Indian journal of veterinary science and animal husbandry - Volumes 24-25, 1954-1955
Year: 1954
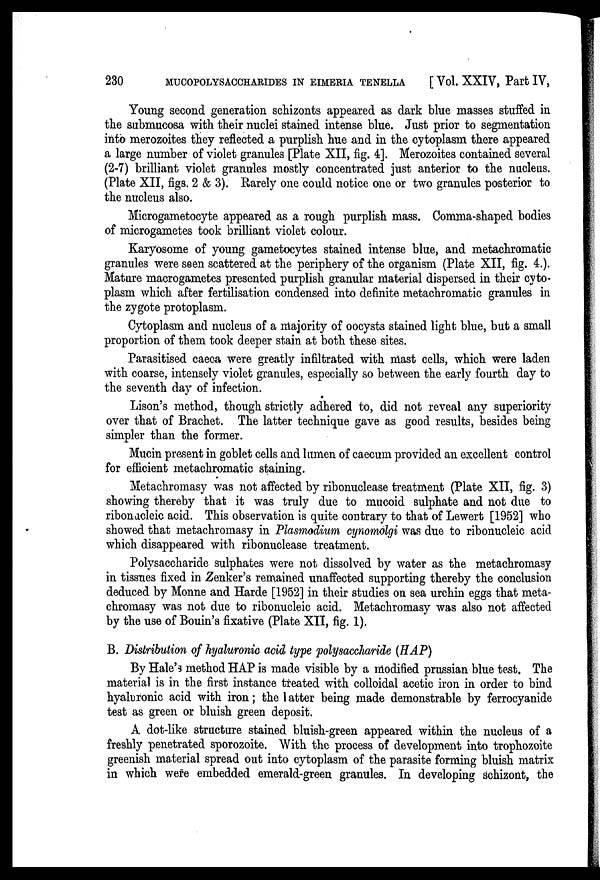
230
MUCOPOLYSACCHARIDES IN EIMERIA TENELLA
[ Vol. XXIV, Part IV,
Young second generation schizonts appeared as dark blue masses stuffed in
the submucosa with their nuclei stained intense blue. Just prior to segmentation
into merozoites they reflected a purplish hue and in the cytoplasm there appeared
a large number of violet granules [Plate XII, fig. 4]. Merozoites contained several
(2-7) brilliant violet granules mostly concentrated just anterior to the nucleus.
(Plate XII, figs. 2 & 3). Rarely one could notice one or two granules posterior to
the nucleus also.
Microgametocyte appeared as a rough purplish mass. Comma-shaped bodies
of microgametes took brilliant violet colour.
Karyosome of young gametocytes stained intense blue, and metachromatic
granules were seen scattered at the periphery of the organism (Plate XII, fig. 4.).
Mature macrogametes presented purplish granular material dispersed in their cyto-
plasm which after fertilisation condensed into definite metachromatic granules in
the zygote protoplasm.
Cytoplasm and nucleus of a majority of oocysts stained light blue, but a small
proportion of them took deeper stain at both these sites.
Parasitised caeca were greatly infiltrated with mast cells, which were laden
with coarse, intensely violet granules, especially so between the early fourth day to
the seventh day of infection.
Lison's method, though strictly adhered to, did not reveal any superiority
over that of Brachet. The latter technique gave as good results, besides being
simpler than the former.
Mucin present in goblet cells and lumen of caecum provided an excellent control
for efficient metachromatic staining.
Metachromasy was not affected by ribonuclease treatment (Plate XII, fig. 3)
showing thereby that it was truly due to mucoid sulphate and not due to
ribonucleic acid. This observation is quite contrary to that of Lewert [1952] who
showed that metachromasy in Plasmodium cynomolgi was due to ribonucleic acid
which disappeared with ribonuclease treatment.
Polysaccharide sulphates were not dissolved by water as the metachromasy
in tissues fixed in Zenker's remained unaffected supporting thereby the conclusion
deduced by Monne and Harde [1952] in their studies on sea urchin eggs that meta-
chromasy was not due to ribonucleic acid. Metachromasy was also not affected
by the use of Bouin's fixative (Plate XII, fig. 1).
B. Distribution of hyaluronic acid type polysaccharide (HAP)
By Hale's method HAP is made visible by a modified prussian blue test. The
material is in the first instance treated with colloidal acetic iron in order to bind
hyaluronic acid with iron ; the latter being made demonstrable by ferrocyanide
test as green or bluish green deposit.
A dot-like structure stained bluish-green appeared within the nucleus of a
freshly penetrated sporozoite. With the process of development into trophozoite
greenish material spread out into cytoplasm of the parasite forming bluish matrix
in which were embedded emerald-green granules. In developing schizont, the